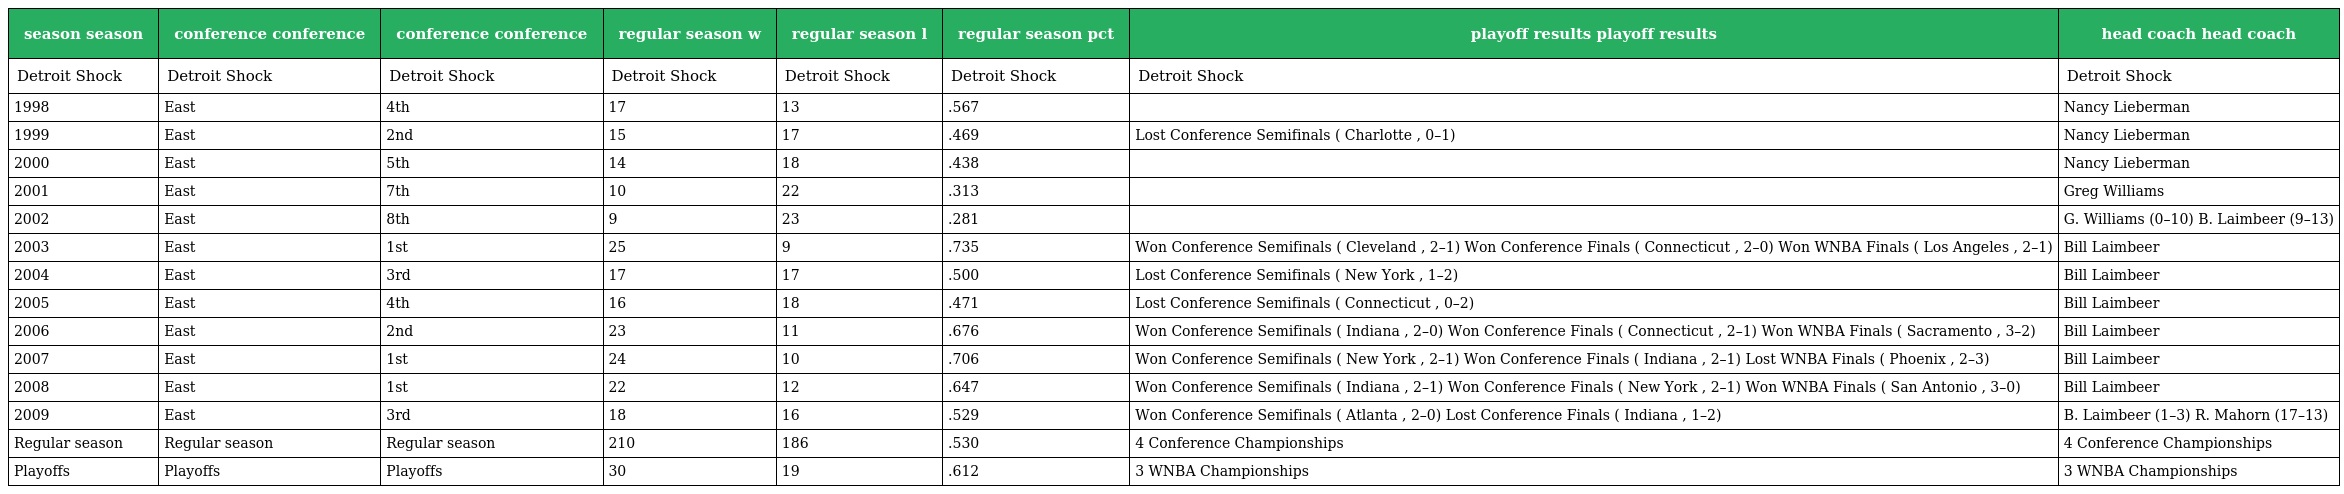
| season season | conference conference | conference conference | regular season w | regular season l | regular season pct | playoff results playoff results | head coach head coach |
 | --- | --- | --- | --- | --- | --- | --- | --- |
 | Detroit Shock | Detroit Shock | Detroit Shock | Detroit Shock | Detroit Shock | Detroit Shock | Detroit Shock | Detroit Shock |
 | 1998 | East | 4th | 17 | 13 | .567 |  | Nancy Lieberman |
 | 1999 | East | 2nd | 15 | 17 | .469 | Lost Conference Semifinals ( Charlotte , 0–1) | Nancy Lieberman |
 | 2000 | East | 5th | 14 | 18 | .438 |  | Nancy Lieberman |
 | 2001 | East | 7th | 10 | 22 | .313 |  | Greg Williams |
 | 2002 | East | 8th | 9 | 23 | .281 |  | G. Williams (0–10) B. Laimbeer (9–13) |
 | 2003 | East | 1st | 25 | 9 | .735 | Won Conference Semifinals ( Cleveland , 2–1) Won Conference Finals ( Connecticut , 2–0) Won WNBA Finals ( Los Angeles , 2–1) | Bill Laimbeer |
 | 2004 | East | 3rd | 17 | 17 | .500 | Lost Conference Semifinals ( New York , 1–2) | Bill Laimbeer |
 | 2005 | East | 4th | 16 | 18 | .471 | Lost Conference Semifinals ( Connecticut , 0–2) | Bill Laimbeer |
 | 2006 | East | 2nd | 23 | 11 | .676 | Won Conference Semifinals ( Indiana , 2–0) Won Conference Finals ( Connecticut , 2–1) Won WNBA Finals ( Sacramento , 3–2) | Bill Laimbeer |
 | 2007 | East | 1st | 24 | 10 | .706 | Won Conference Semifinals ( New York , 2–1) Won Conference Finals ( Indiana , 2–1) Lost WNBA Finals ( Phoenix , 2–3) | Bill Laimbeer |
 | 2008 | East | 1st | 22 | 12 | .647 | Won Conference Semifinals ( Indiana , 2–1) Won Conference Finals ( New York , 2–1) Won WNBA Finals ( San Antonio , 3–0) | Bill Laimbeer |
 | 2009 | East | 3rd | 18 | 16 | .529 | Won Conference Semifinals ( Atlanta , 2–0) Lost Conference Finals ( Indiana , 1–2) | B. Laimbeer (1–3) R. Mahorn (17–13) |
 | Regular season | Regular season | Regular season | 210 | 186 | .530 | 4 Conference Championships | 4 Conference Championships |
 | Playoffs | Playoffs | Playoffs | 30 | 19 | .612 | 3 WNBA Championships | 3 WNBA Championships |